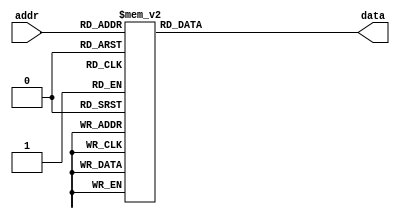
`timescale 1ns / 1ps
//////////////////////////////////////////////////////////////////////////////////
// Company: 
// Engineer: 
// 
// Design Name: 
// Module Name:    ROM_Numero 
// Project Name: 
// Target Devices: 
// Tool versions: 
// Description: 
//
// Dependencies: 
//
// Revision: 
// Revision 0.01 - File Created
// Additional Comments: 
//
//////////////////////////////////////////////////////////////////////////////////
module ROM_Numero(
    input [7:0] addr,
    output reg [13:0] data
    );

always @* begin
	case(addr)
		8'h0: data = 14'b00000000000000;
		8'h1: data = 14'b00011111111000;
		8'h2: data = 14'b00011111111000;
		8'h3: data = 14'b01111000011110;
		8'h4: data = 14'b01111000011110;
		8'h5: data = 14'b01111110011110;
		8'h6: data = 14'b01111110011110;
		8'h7: data = 14'b01111110011110;
		8'h8: data = 14'b01111110011110;
		8'h9: data = 14'b01111000011110;
		8'ha: data = 14'b01111000011110;
		8'hb: data = 14'b01111001111110;
		8'hc: data = 14'b01111001111110;
		8'hd: data = 14'b01111001111110;
		8'he: data = 14'b01111001111110;
		8'hf: data = 14'b01111000011110;
		8'h10: data = 14'b01111000011110;
		8'h11: data = 14'b00011111111000;
		8'h12: data = 14'b00011111111000;
		8'h13: data = 14'b00000000000000;
		8'h14: data = 14'b00000000000000;
		8'h15: data = 14'b00011110000000;
		8'h16: data = 14'b00011110000000;
		8'h17: data = 14'b00011111100000;
		8'h18: data = 14'b00011111100000;
		8'h19: data = 14'b00011111111110;
		8'h1a: data = 14'b00011111111110;
		8'h1b: data = 14'b00011110000000;
		8'h1c: data = 14'b00011110000000;
		8'h1d: data = 14'b00011110000000;
		8'h1e: data = 14'b00011110000000;
		8'h1f: data = 14'b00011110000000;
		8'h20: data = 14'b00011110000000;
		8'h21: data = 14'b00011110000000;
		8'h22: data = 14'b00011110000000;
		8'h23: data = 14'b00011110000000;
		8'h24: data = 14'b00011110000000;
		8'h25: data = 14'b00011110000000;
		8'h26: data = 14'b00011110000000;
		8'h27: data = 14'b00000000000000;
		8'h28: data = 14'b00000000000000;
		8'h29: data = 14'b00011111111000;
		8'h2a: data = 14'b00011111111000;
		8'h2b: data = 14'b01111000011110;
		8'h2c: data = 14'b01111000011110;
		8'h2d: data = 14'b01111000011110;
		8'h2e: data = 14'b01111000011110;
		8'h2f: data = 14'b01111000000000;
		8'h30: data = 14'b01111000000000;
		8'h31: data = 14'b00011110000000;
		8'h32: data = 14'b00011110000000;
		8'h33: data = 14'b00000111100000;
		8'h34: data = 14'b00000111100000;
		8'h35: data = 14'b00000001111000;
		8'h36: data = 14'b00000001111000;
		8'h37: data = 14'b00000000011110;
		8'h38: data = 14'b00000000011110;
		8'h39: data = 14'b01111111111110;
		8'h3a: data = 14'b01111111111110;
		8'h3b: data = 14'b00000000000000;
		8'h3c: data = 14'b00000000000000;
		8'h3d: data = 14'b00011111111000;
		8'h3e: data = 14'b00011111111000;
		8'h3f: data = 14'b01111000011110;
		8'h40: data = 14'b01111000011110;
		8'h41: data = 14'b01111000011110;
		8'h42: data = 14'b01111000011110;
		8'h43: data = 14'b01111000000000;
		8'h44: data = 14'b01111000000000;
		8'h45: data = 14'b00011111100000;
		8'h46: data = 14'b00011111100000;
		8'h47: data = 14'b01111000000000;
		8'h48: data = 14'b01111000000000;
		8'h49: data = 14'b01111000011110;
		8'h4a: data = 14'b01111000011110;
		8'h4b: data = 14'b01111000011110;
		8'h4c: data = 14'b01111000011110;
		8'h4d: data = 14'b00011111111000;
		8'h4e: data = 14'b00011111111000;
		8'h4f: data = 14'b00000000000000;
		8'h50: data = 14'b00000000000000;
		8'h51: data = 14'b00000000111100;
		8'h52: data = 14'b00000000111100;
		8'h53: data = 14'b00000000111100;
		8'h54: data = 14'b00000000111100;
		8'h55: data = 14'b00111100111100;
		8'h56: data = 14'b00111100111100;
		8'h57: data = 14'b00111100111100;
		8'h58: data = 14'b00111100111100;
		8'h59: data = 14'b00111100111100;
		8'h5a: data = 14'b00111100111100;
		8'h5b: data = 14'b00111100001111;
		8'h5c: data = 14'b00111100001111;
		8'h5d: data = 14'b11111111111111;
		8'h5e: data = 14'b11111111111111;
		8'h5f: data = 14'b00111100000000;
		8'h60: data = 14'b00111100000000;
		8'h61: data = 14'b00111100000000;
		8'h62: data = 14'b00111100000000;
		8'h63: data = 14'b00000000000000;
		8'h64: data = 14'b00000000000000;
		8'h65: data = 14'b01111111111110;
		8'h66: data = 14'b01111111111110;
		8'h67: data = 14'b00000000011110;
		8'h68: data = 14'b00000000011110;
		8'h69: data = 14'b00000000011110;
		8'h6a: data = 14'b00000000011110;
		8'h6b: data = 14'b00000000011110;
		8'h6c: data = 14'b00000000011110;
		8'h6d: data = 14'b00011111111110;
		8'h6e: data = 14'b00011111111110;
		8'h6f: data = 14'b01111000000000;
		8'h70: data = 14'b01111000000000;
		8'h71: data = 14'b01111000000000;
		8'h72: data = 14'b01111000000000;
		8'h73: data = 14'b00011110000000;
		8'h74: data = 14'b00011110000000;
		8'h75: data = 14'b00000111111110;
		8'h76: data = 14'b00000111111110;
		8'h77: data = 14'b00000000000000;
		8'h78: data = 14'b00000000000000;
		8'h79: data = 14'b00011111100000;
		8'h7a: data = 14'b00011111100000;
		8'h7b: data = 14'b00000111100000;
		8'h7c: data = 14'b00000111100000;
		8'h7d: data = 14'b00000001111000;
		8'h7e: data = 14'b00000001111000;
		8'h7f: data = 14'b00011111111110;
		8'h80: data = 14'b00011111111110;
		8'h81: data = 14'b01111000011110;
		8'h82: data = 14'b01111000011110;
		8'h83: data = 14'b01111000011110;
		8'h84: data = 14'b01111000011110;
		8'h85: data = 14'b01111000011110;
		8'h86: data = 14'b01111000011110;
		8'h87: data = 14'b01111000011110;
		8'h88: data = 14'b01111000011110;
		8'h89: data = 14'b00011111111000;
		8'h8a: data = 14'b00011111111000;
		8'h8b: data = 14'b00000000000000;
		8'h8c: data = 14'b00000000000000;
		8'h8d: data = 14'b01111111111110;
		8'h8e: data = 14'b01111111111110;
		8'h8f: data = 14'b01111000000000;
		8'h90: data = 14'b01111000000000;
		8'h91: data = 14'b00011110000000;
		8'h92: data = 14'b00011110000000;
		8'h93: data = 14'b00011110000000;
		8'h94: data = 14'b00011110000000;
		8'h95: data = 14'b00000111100000;
		8'h96: data = 14'b00000111100000;
		8'h97: data = 14'b00000111100000;
		8'h98: data = 14'b00000111100000;
		8'h99: data = 14'b00000001111000;
		8'h9a: data = 14'b00000001111000;
		8'h9b: data = 14'b00000001111000;
		8'h9c: data = 14'b00000001111000;
		8'h9d: data = 14'b00000001111000;
		8'h9e: data = 14'b00000001111000;
		8'h9f: data = 14'b00000000000000;
		8'ha0: data = 14'b00000000000000;
		8'ha1: data = 14'b00011111111000;
		8'ha2: data = 14'b00011111111000;
		8'ha3: data = 14'b01111000011110;
		8'ha4: data = 14'b01111000011110;
		8'ha5: data = 14'b01111000011110;
		8'ha6: data = 14'b01111000011110;
		8'ha7: data = 14'b01111001111110;
		8'ha8: data = 14'b01111001111110;
		8'ha9: data = 14'b00011111111000;
		8'haa: data = 14'b00011111111000;
		8'hab: data = 14'b01111110011110;
		8'hac: data = 14'b01111110011110;
		8'had: data = 14'b01111000011110;
		8'hae: data = 14'b01111000011110;
		8'haf: data = 14'b01111000011110;
		8'hb0: data = 14'b01111000011110;
		8'hb1: data = 14'b00011111111000;
		8'hb2: data = 14'b00011111111000;
		8'hb3: data = 14'b00000000000000;
		
		default: data = 14'b00000000000000;
	endcase
end

endmodule